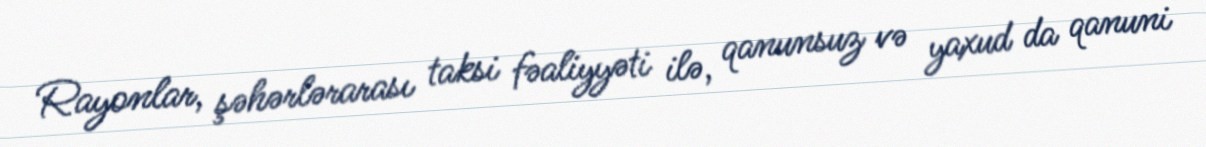
Rayonlar, şəhərlərarası taksi fəaliyyəti ilə, qanunsuz və yaxud da qanuni